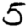
Digit: 5